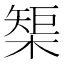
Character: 榘